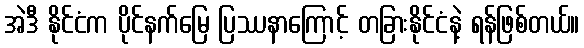
အဲဒီ နိုင်ငံက ပိုင်နက်မြေ ပြဿနာကြောင့် တခြားနိုင်ငံနဲ့ ရန်ဖြစ်တယ်။